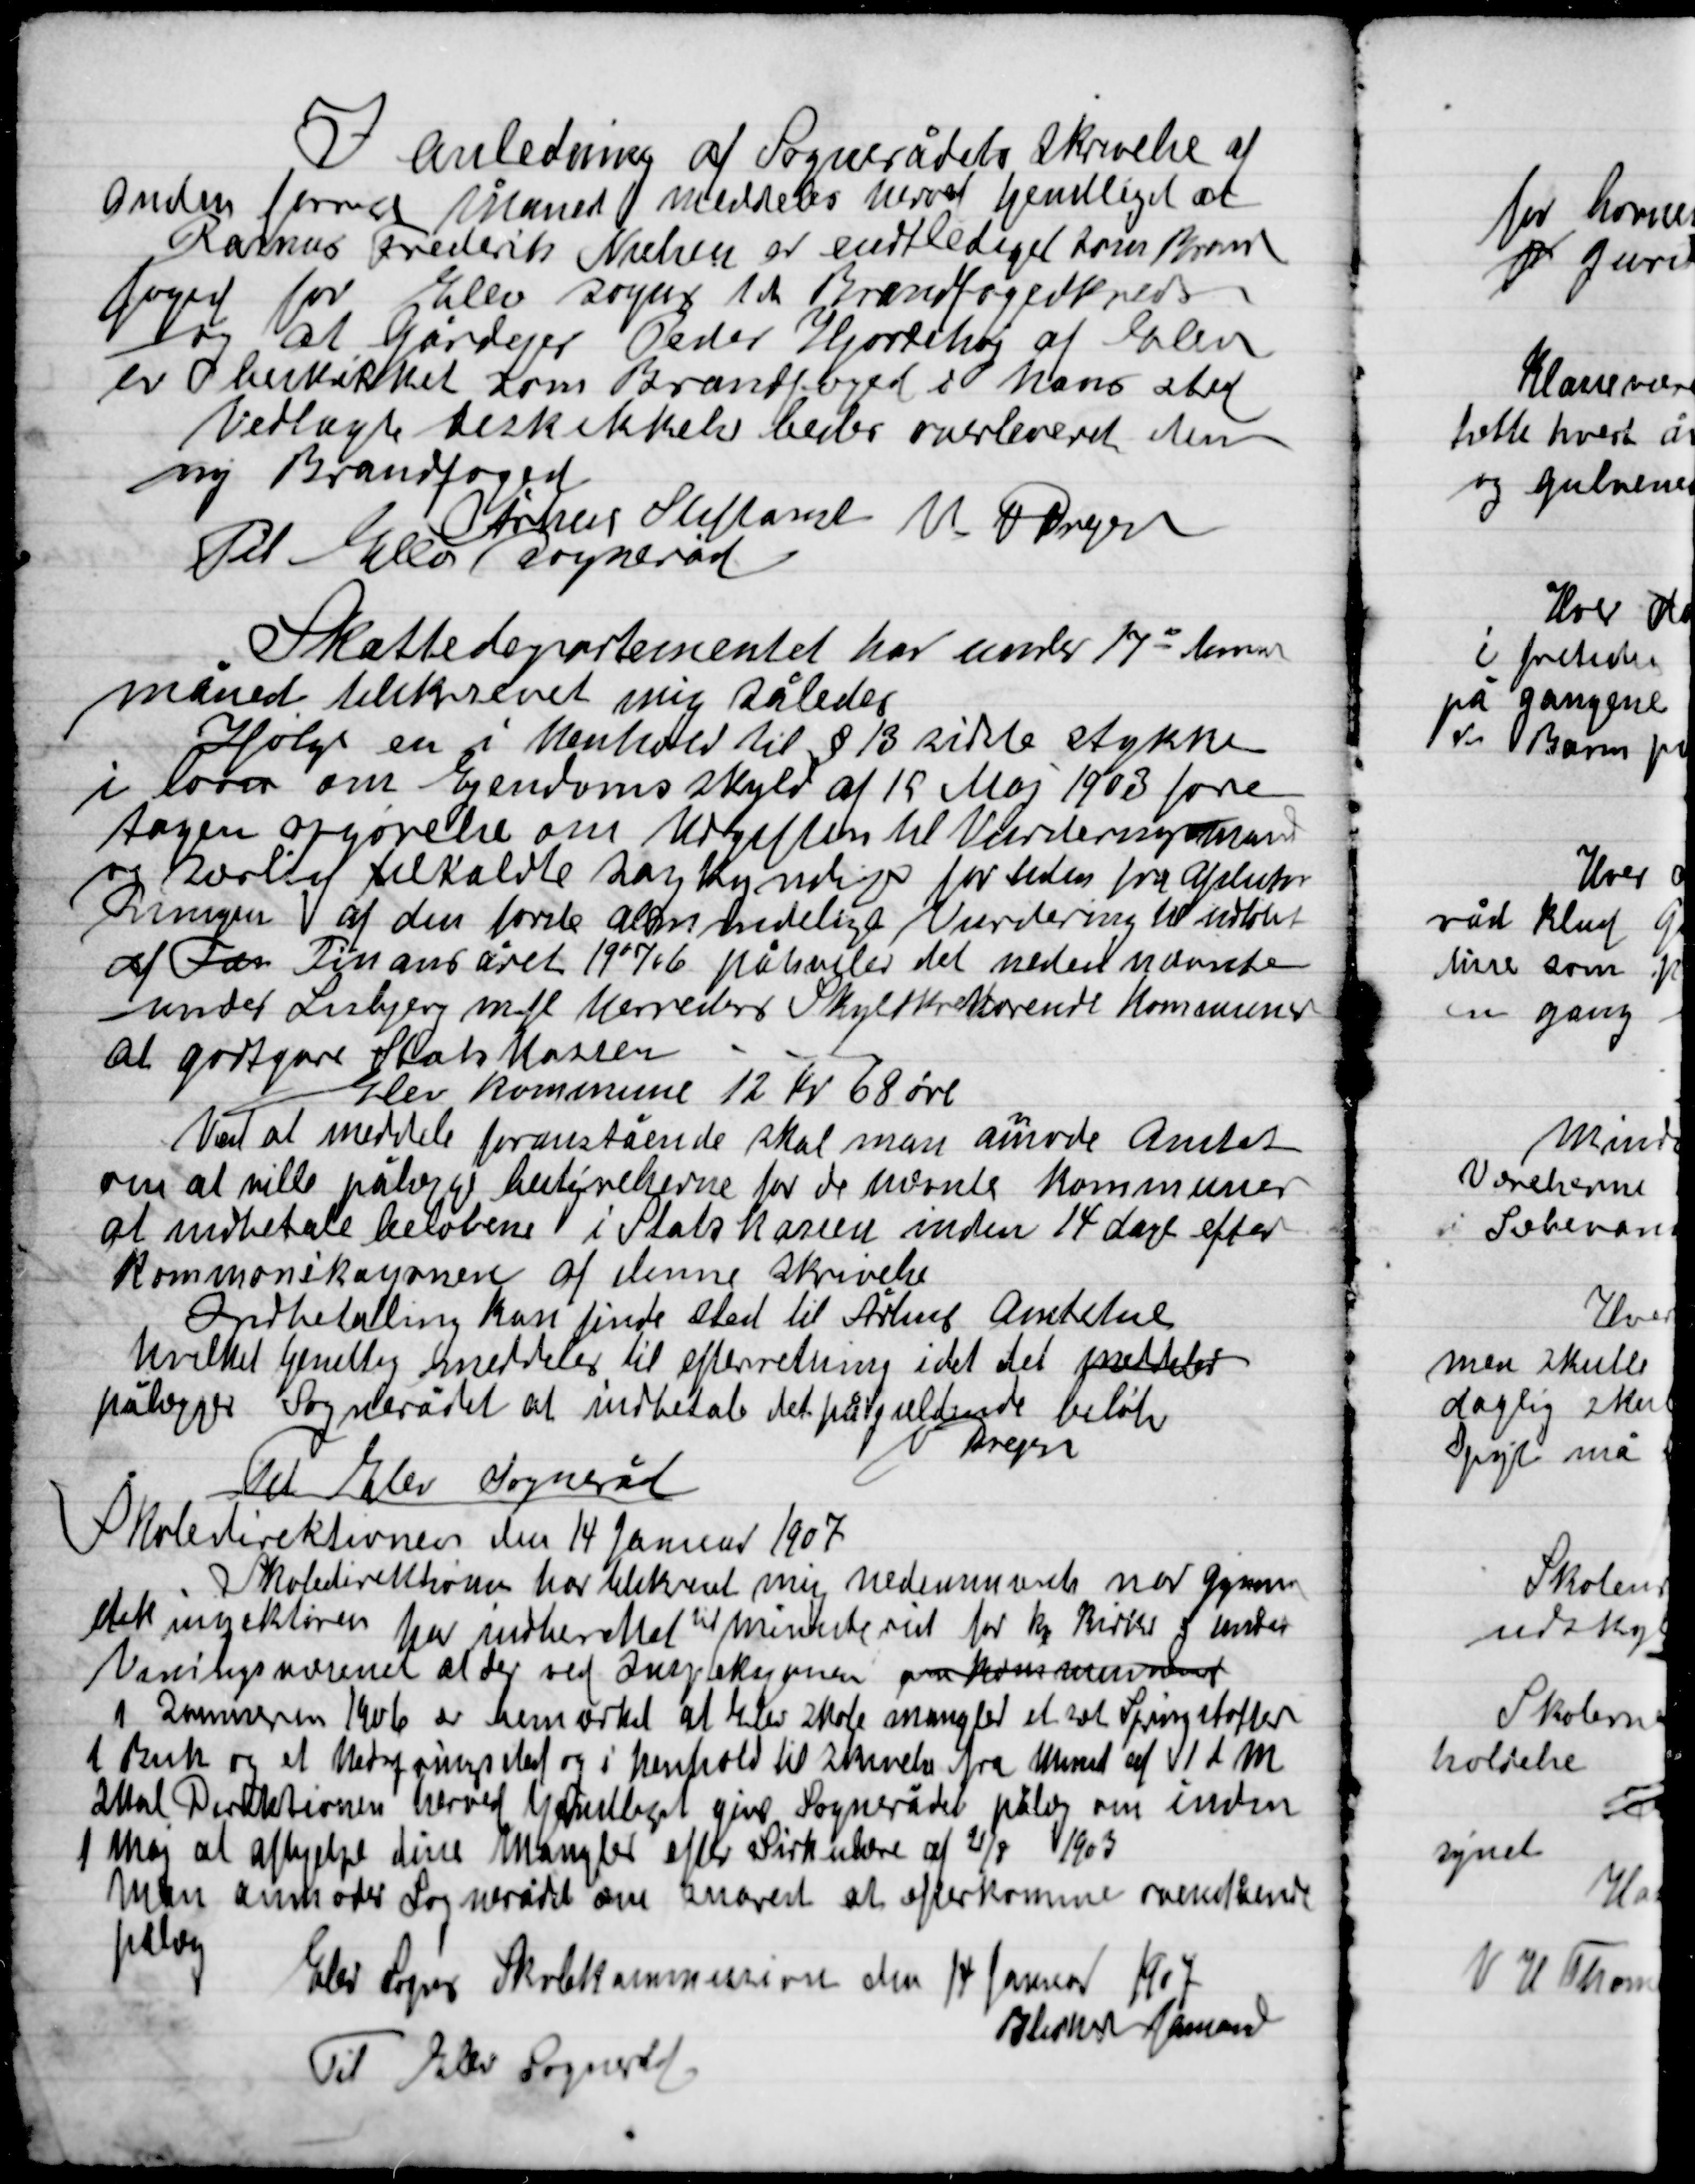
Transskription:
I anledning af Sognerådets skrivelse af
anden forrige Måned meddeles herved henetliget at
Rasmus Frederik Nielsen er entlediget som Brand-
Foged for Elev sogn 1st Brandfogedkreds
og at Gårdejer Peder Hjortshøj af Elev
er beskikket som Brandfoged i hans sted
Vedlagt beskikkelse bedes overleveret den
ny brandfoged
Århus Stiftsamt M. V. Dreyer
Til Elev sogneråd

Skattedepartementet har under 17 denne
måned tilskrevet mig således
Ifølge en i henhold til § 13 sidste stykke
I loven om Ejendomsskyld af 15 Maj 1903 fore-
tagen opgørelse om Udgiften til Vurderingsmand
og personlig tilladelse sagkyndig for siden fra Afslut-
ningen af den første almindelige Vurdering til sidste
af fan Finans året 1907/06 påhænler det neden nævnte
under Lisbjerg mfl. Herreders Skyldkreditorer Kommuner
at godtgøre Statskassen.
Elev Kommune 12 Kr. 68 øre
Ved at meddele foranstående skal man anmode Amtet
om at ville pålægge betingelserne for de nævnte Kommuner
at udbetale beløbene i Statskassen inden 14 dage efter
Kommunekassen af stemme skrivelse
Indbetaling kan finde sted til Århus Amtstue
hvilket grundlag meddeles til efterretning idet det meddeler
påligger Sognerådet at indbetale det pågældende beløb
Dreyer
Til Elev sogneråd

Skoledirektiverne den 14 Januar 1907
Skoledirektiverne har tilskrevet mig nedennævnte når gym-
nastik inspektøren har indberettet til Ministeriet for ny Kirke og under-
visningsnævnet at der ved Inspeksjonen om kommunevalg
I Sommeren 1906 er bemærket at Elev 2 Skoler mangler et sæt Springstokke
1 Buk og et netspringsted og i henhold til skrivelse fra  af 1 d. M.
skal Direktionen herved  give Sognerådet pålæg om inden
1 Maj at afhjælpe disse mangler efter Cirkulære af 21/5 1903
man anmoder Sognerådet om snarest at efterkomme ovenstående
pålæg
Elev Sogn Skolekommissionen den 14 Januar 1907
Andersen formand
Til Elev Sogneråd